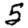
Digit: 5